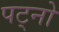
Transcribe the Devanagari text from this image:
पट्नो